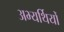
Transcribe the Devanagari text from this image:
अभ्यर्थियोँ